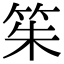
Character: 䇬